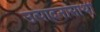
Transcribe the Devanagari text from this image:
उत्पादनासाथी